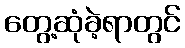
တွေ့ဆုံခဲ့ရာတွင်